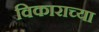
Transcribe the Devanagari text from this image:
विकाराच्या